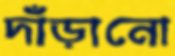
দাঁড়ানো